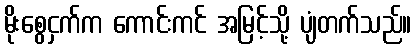
မိုးစွေငှက်က ကောင်းကင် အမြင့်သို့ ပျံတက်သည်။